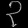
Digit: ၃